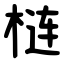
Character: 梿